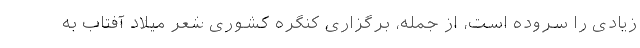
زیادی را سروده است، از جمله، برگزاری کنگره کشوری شعر میلاد آفتاب به